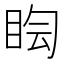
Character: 𥅬